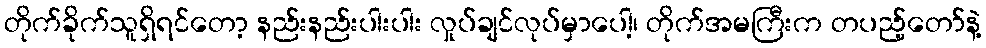
တိုက်ခိုက်သူရှိရင်တော့ နည်းနည်းပါးပါး လှုပ်ချင်လုပ်မှာပေါ့၊ တိုက်အမကြီးက တပည့်တော်နဲ့